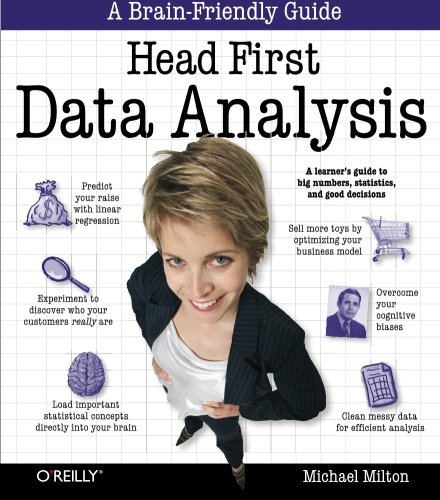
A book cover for Head First Data Analysis: A learner's guide to big numbers, statistics, and good decisions; Michael Milton; Computers & Technology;